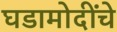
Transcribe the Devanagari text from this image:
घडामोदींचे